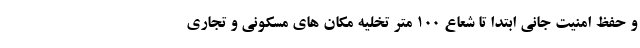
و حفظ امنیت جانی ابتدا تا شعاع ۱۰۰ متر تخلیه مکان های مسکونی و تجاری